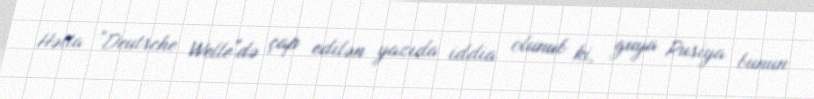
Hətta ”Deutsche Welle"də çap edilən yazıda iddia olunub ki, guya Rusiya bunun